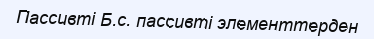
Пассивті Б.с. пассивті элементтерден